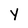
Character: Y